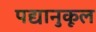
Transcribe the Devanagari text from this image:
पद्यानुकूल